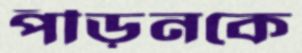
পীড়নকে